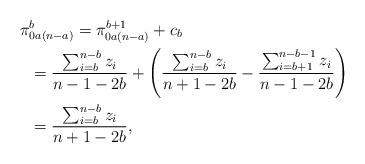
LaTeX: \begin{align*}\pi&^b_{0a(n-a)} = \pi^{b+1}_{0a(n-a)}+c_b \\&=\frac{\sum_{i=b}^{n-b}z_i}{n-1-2b}+\left(\frac{\sum_ {i=b}^{n-b} z_i}{n+1-2b} - \frac{\sum_{i=b+1}^{n-b-1} z_i}{n-1-2b}\right) \\& = \frac{\sum_{i=b}^{n-b}z_i}{n+1-2b},\end{align*}